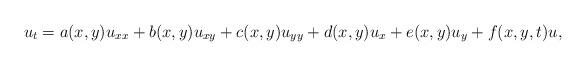
LaTeX: \begin{align*} u_t=a(x,y)u_{xx}+b(x,y)u_{xy}+c(x,y)u_{yy}+d(x,y)u_x+e(x,y)u_y+f(x,y,t)u,\end{align*}